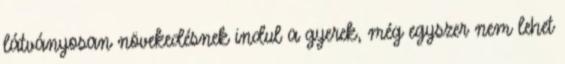
látványosan növekedésnek indul a gyerek, még egyszer nem lehet